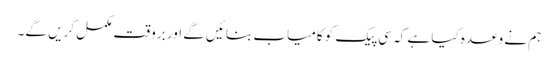
ہم نے وعدہ کیا ہے کہ سی پیک کو کامیاب بنائیں گے اور بروقت مکمل کریں گے۔